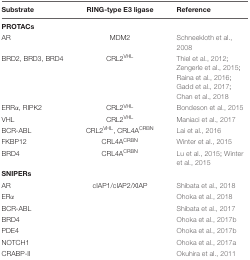
<table><thead><tr><td><b>Substrate</b></td><td><b>RING-type E3 ligase</b></td><td><b>Reference</b></td></tr></thead><tbody><tr><td colspan="3"><b>PROTACs</b></td></tr><tr><td>AR</td><td>MDM2</td><td>Schneekloth et al., 2008</td></tr><tr><td>BRD2, BRD3, BRD4</td><td>CRL2<sup>VHL</sup></td><td>Thiel et al., 2012; Zengerle et al., 2015; Raina et al., 2016; Gadd et al., 2017; Chan et al., 2018</td></tr><tr><td>ERRα, RIPK2</td><td>CRL2<sup>VHL</sup></td><td>Bondeson et al., 2015</td></tr><tr><td>VHL</td><td>CRL2<sup>VHL</sup></td><td>Maniaci et al., 2017</td></tr><tr><td>BCR-ABL</td><td>CRL2<sup>VHL</sup>, CRL4A<sup>CRBN</sup></td><td>Lai et al., 2016</td></tr><tr><td>FKBP12</td><td>CRL4A<sup>CRBN</sup></td><td>Winter et al., 2015</td></tr><tr><td>BRD4</td><td>CRL4A<sup>CRBN</sup></td><td>Lu et al., 2015; Winter et al., 2015</td></tr><tr><td colspan="3"><b>SNIPERs</b></td></tr><tr><td>AR</td><td>cIAP1/cIAP2/XIAP</td><td>Shibata et al., 2018</td></tr><tr><td>ERα</td><td></td><td>Ohoka et al., 2018</td></tr><tr><td>BCR-ABL</td><td></td><td>Shibata et al., 2017</td></tr><tr><td>BRD4</td><td></td><td>Ohoka et al., 2017b</td></tr><tr><td>PDE4</td><td></td><td>Ohoka et al., 2017b</td></tr><tr><td>NOTCH1</td><td></td><td>Ohoka et al., 2017a</td></tr><tr><td>CRABP-II</td><td></td><td>Okuhira et al., 2011</td></tr></tbody></table>